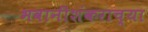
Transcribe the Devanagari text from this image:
भवानीशंकराच्या